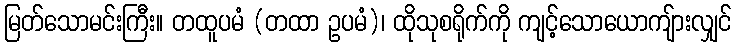
မြတ်သောမင်းကြီး။ တထူပမံ (တထာ ဥပမံ)၊ ထိုသုစရိုက်ကို ကျင့်သောယောကျ်ားလျှင်